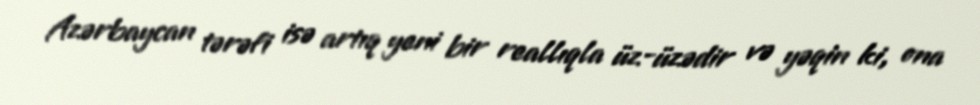
Azərbaycan tərəfi isə artıq yeni bir reallıqla üz-üzədir və yəqin ki, ona